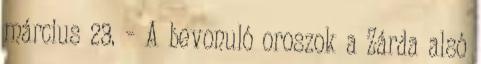
március 23. – A bevonuló oroszok a Zárda alsó